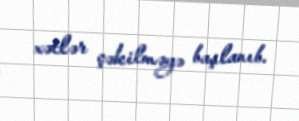
xətlər çəkilməyə başlanıb.